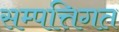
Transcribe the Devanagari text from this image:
सम्पत्तिगत